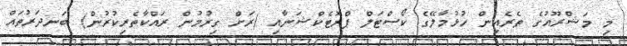
މި މަޝްރޫއުގެ ތެރެއިން ހުޅުމާލޭގެ ކޯސްޓަލް ޕްރޮޓެކްޝަނާއި (ރަށް ގިރުމުން ރައްކާތެރިކުރުން) ބަނދަރުތައް